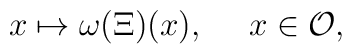
x \mapsto \omega(\Xi)(x), \quad \ x \in {\cal O},